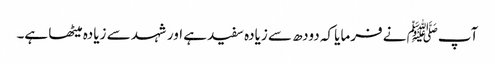
آپﷺ نے فرمایا کہ دودھ سے زیادہ سفید ہے اور شہد سے زیادہ میٹھا ہے۔